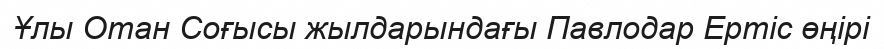
Ұлы Отан Соғысы жылдарындағы Павлодар Ертіс өңірі